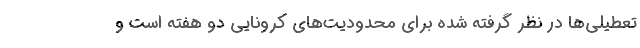
تعطیلی‌ها در نظر گرفته شده برای محدودیت‌های کرونایی دو هفته است و